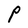
Character: P